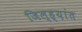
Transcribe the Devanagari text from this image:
जिल्ह्य़ांत